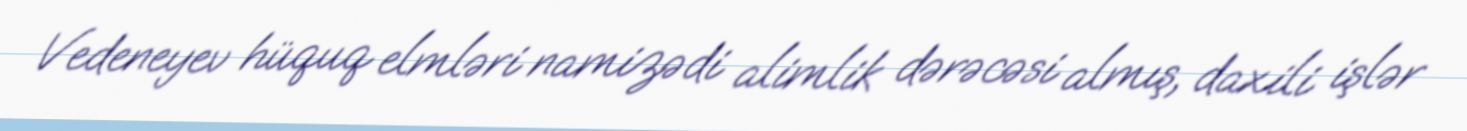
Vedeneyev hüquq elmləri namizədi alimlik dərəcəsi almış, daxili işlər